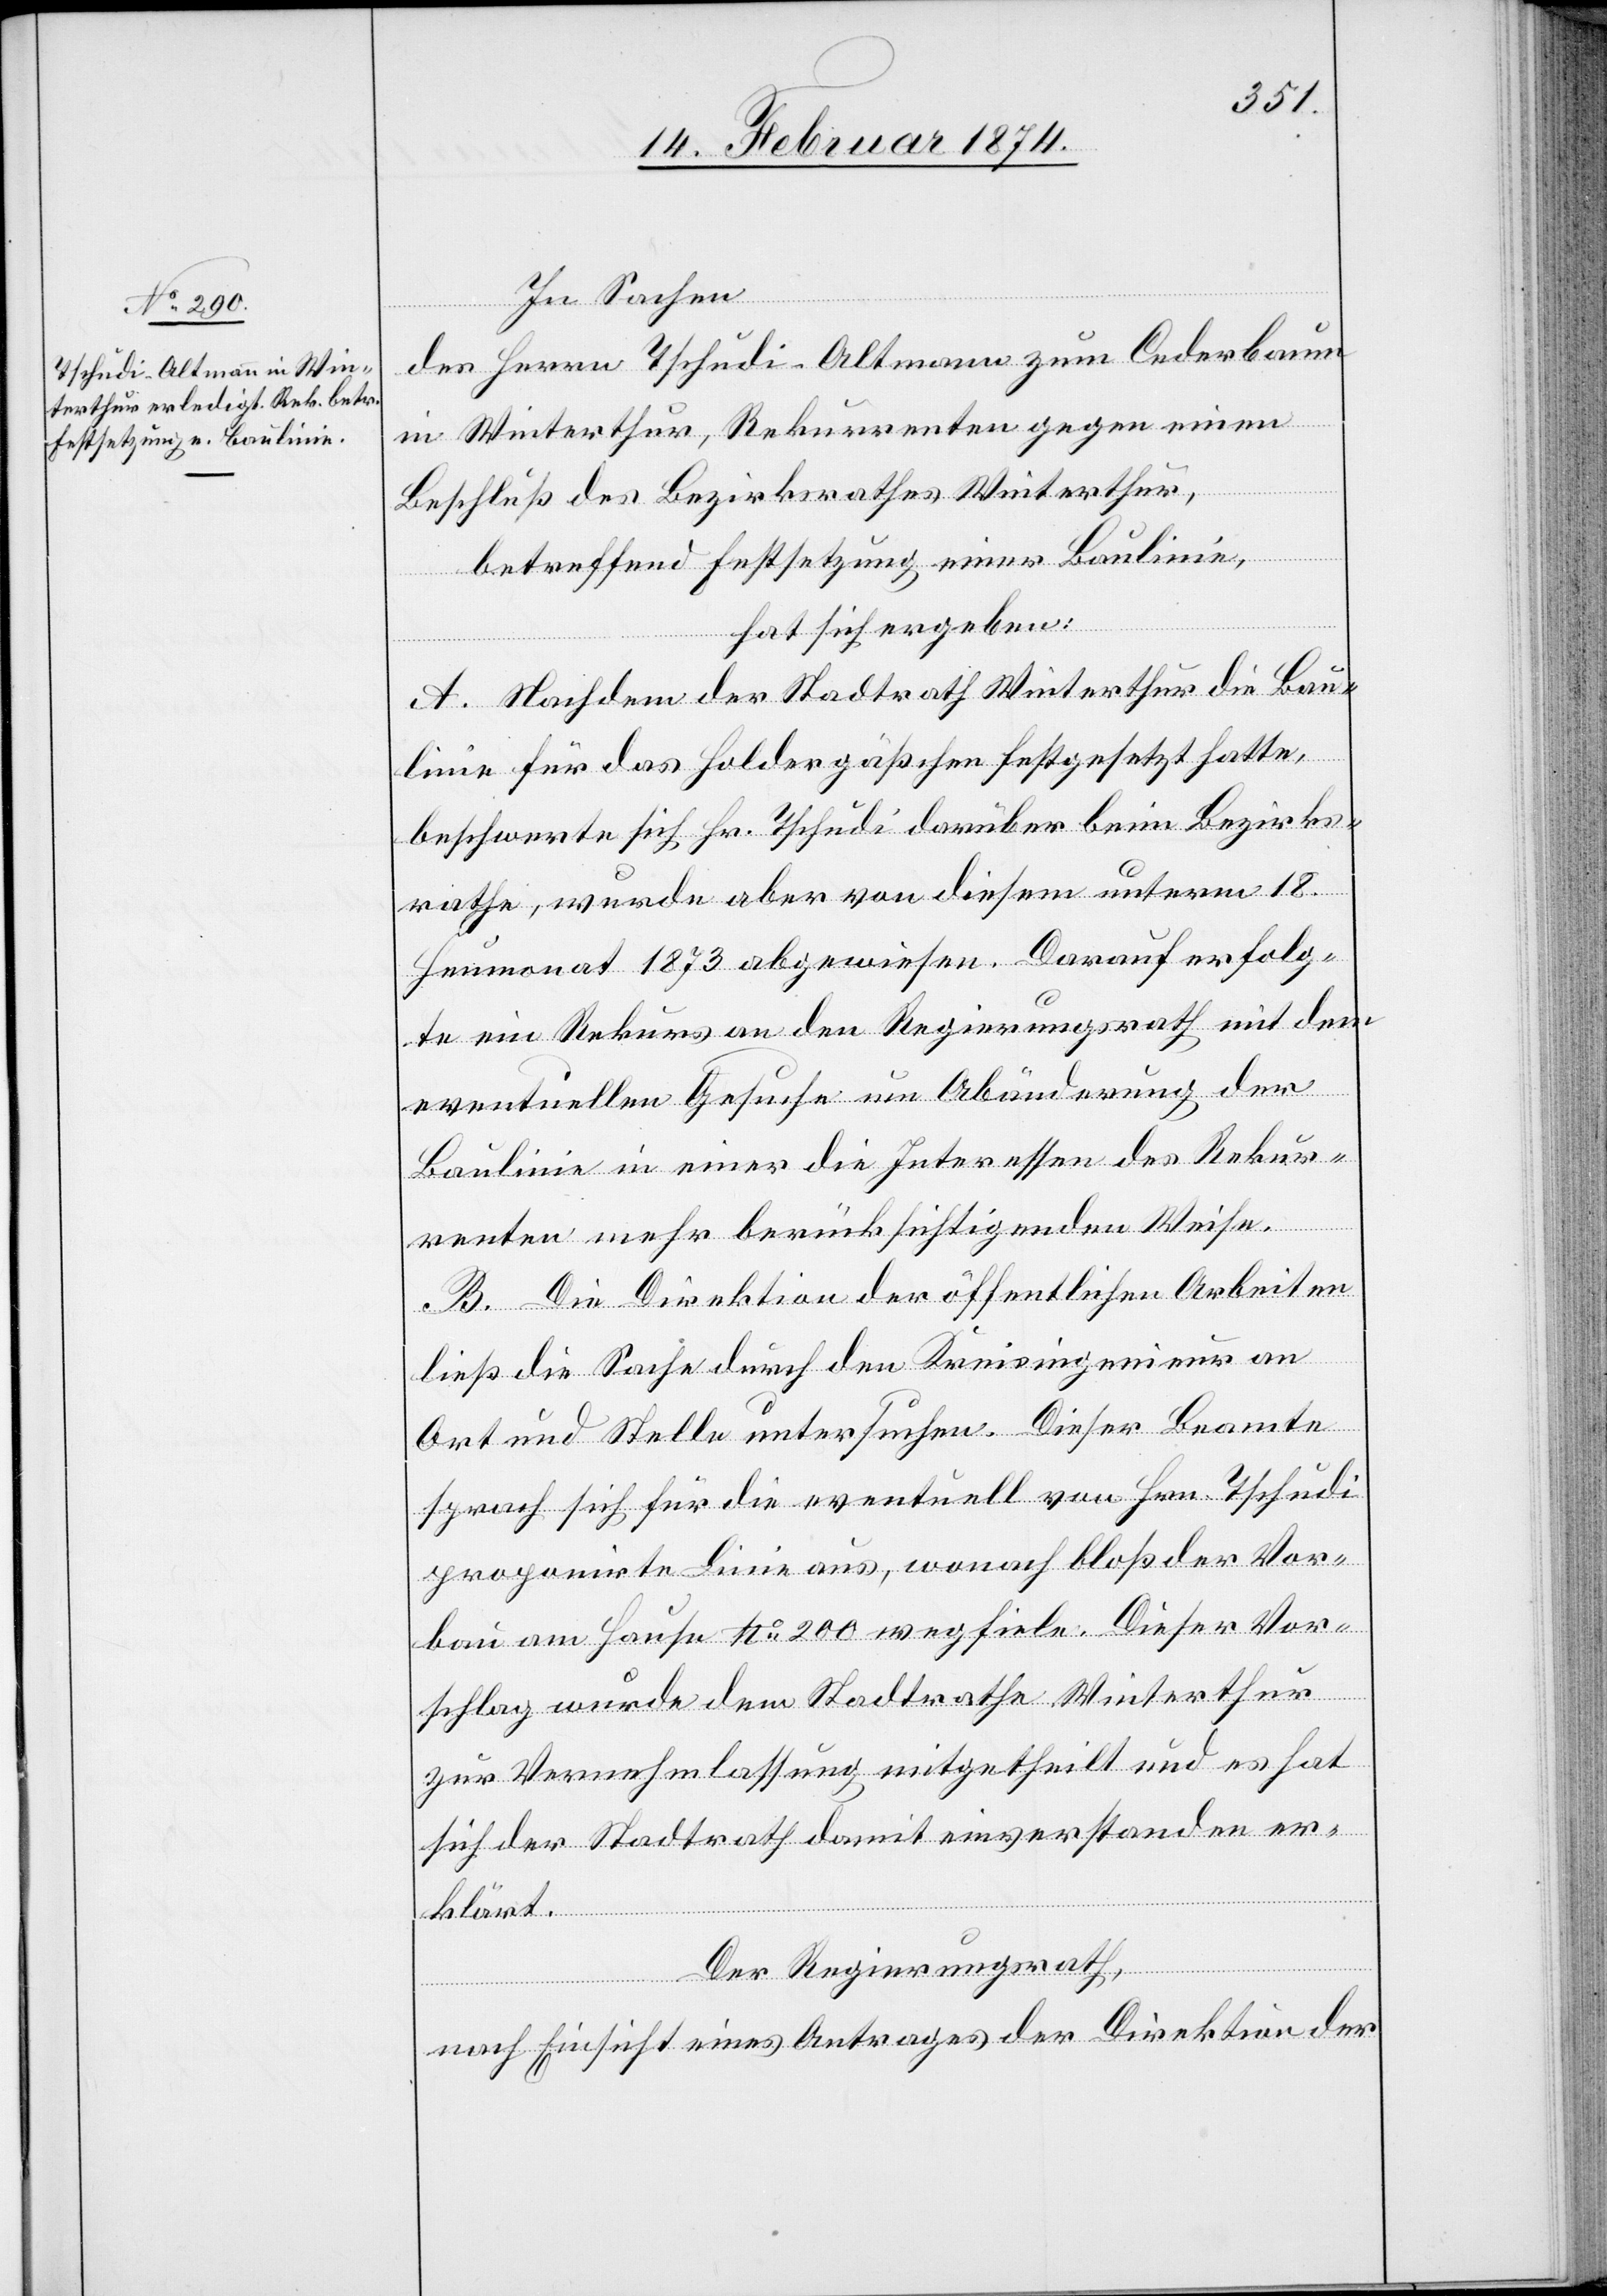
In Sachen
des Herrn Tschudi-Altman zum Cederbaum
in Winterthur, Rekurrenten gegen einen
Beschluß des Bezirksrathes Winterthur,
betreffend Festsetzung einer Baulinie,
hat sich ergeben:
A. Nachdem der Stadtrath Winterthur die Bau¬
linie für das Holdergäßchen festgesetzt hatte,
beschwerte sich Hr. Tschudi darüber beim Bezirks¬
rathe, wurde aber von diesem unterm 18.
Heumonat 1873 abgewiesen. Darauf erfolg¬
te ein Rekurs an den Regierungsrath mit dem
eventuellen Gesuche um Abänderung der
Baulinie in einer die Interessen des Rekur¬
renten mehr berücksichtigenden Weise.
B. Die Direktion der öffentlichen Arbeiten
ließ die Sache durch den Kreisingenieur an
Ort und Stelle untersuchen. Dieser Beamte
sprach sich für die eventuell von Hrn. Tschudi
proponirte Linie aus, wonach bloß der Vor¬
bau am Hause No 200 wegfiele. Dieser Vor¬
schlag wurde dem Stadtrathe Winterthur
zur Vernehmlassung mitgetheilt und es hat
sich der Stadtrath damit einverstanden er¬
klärt.
Der Regierungsrath,
nach Einsicht eines Antrages der Direktion der